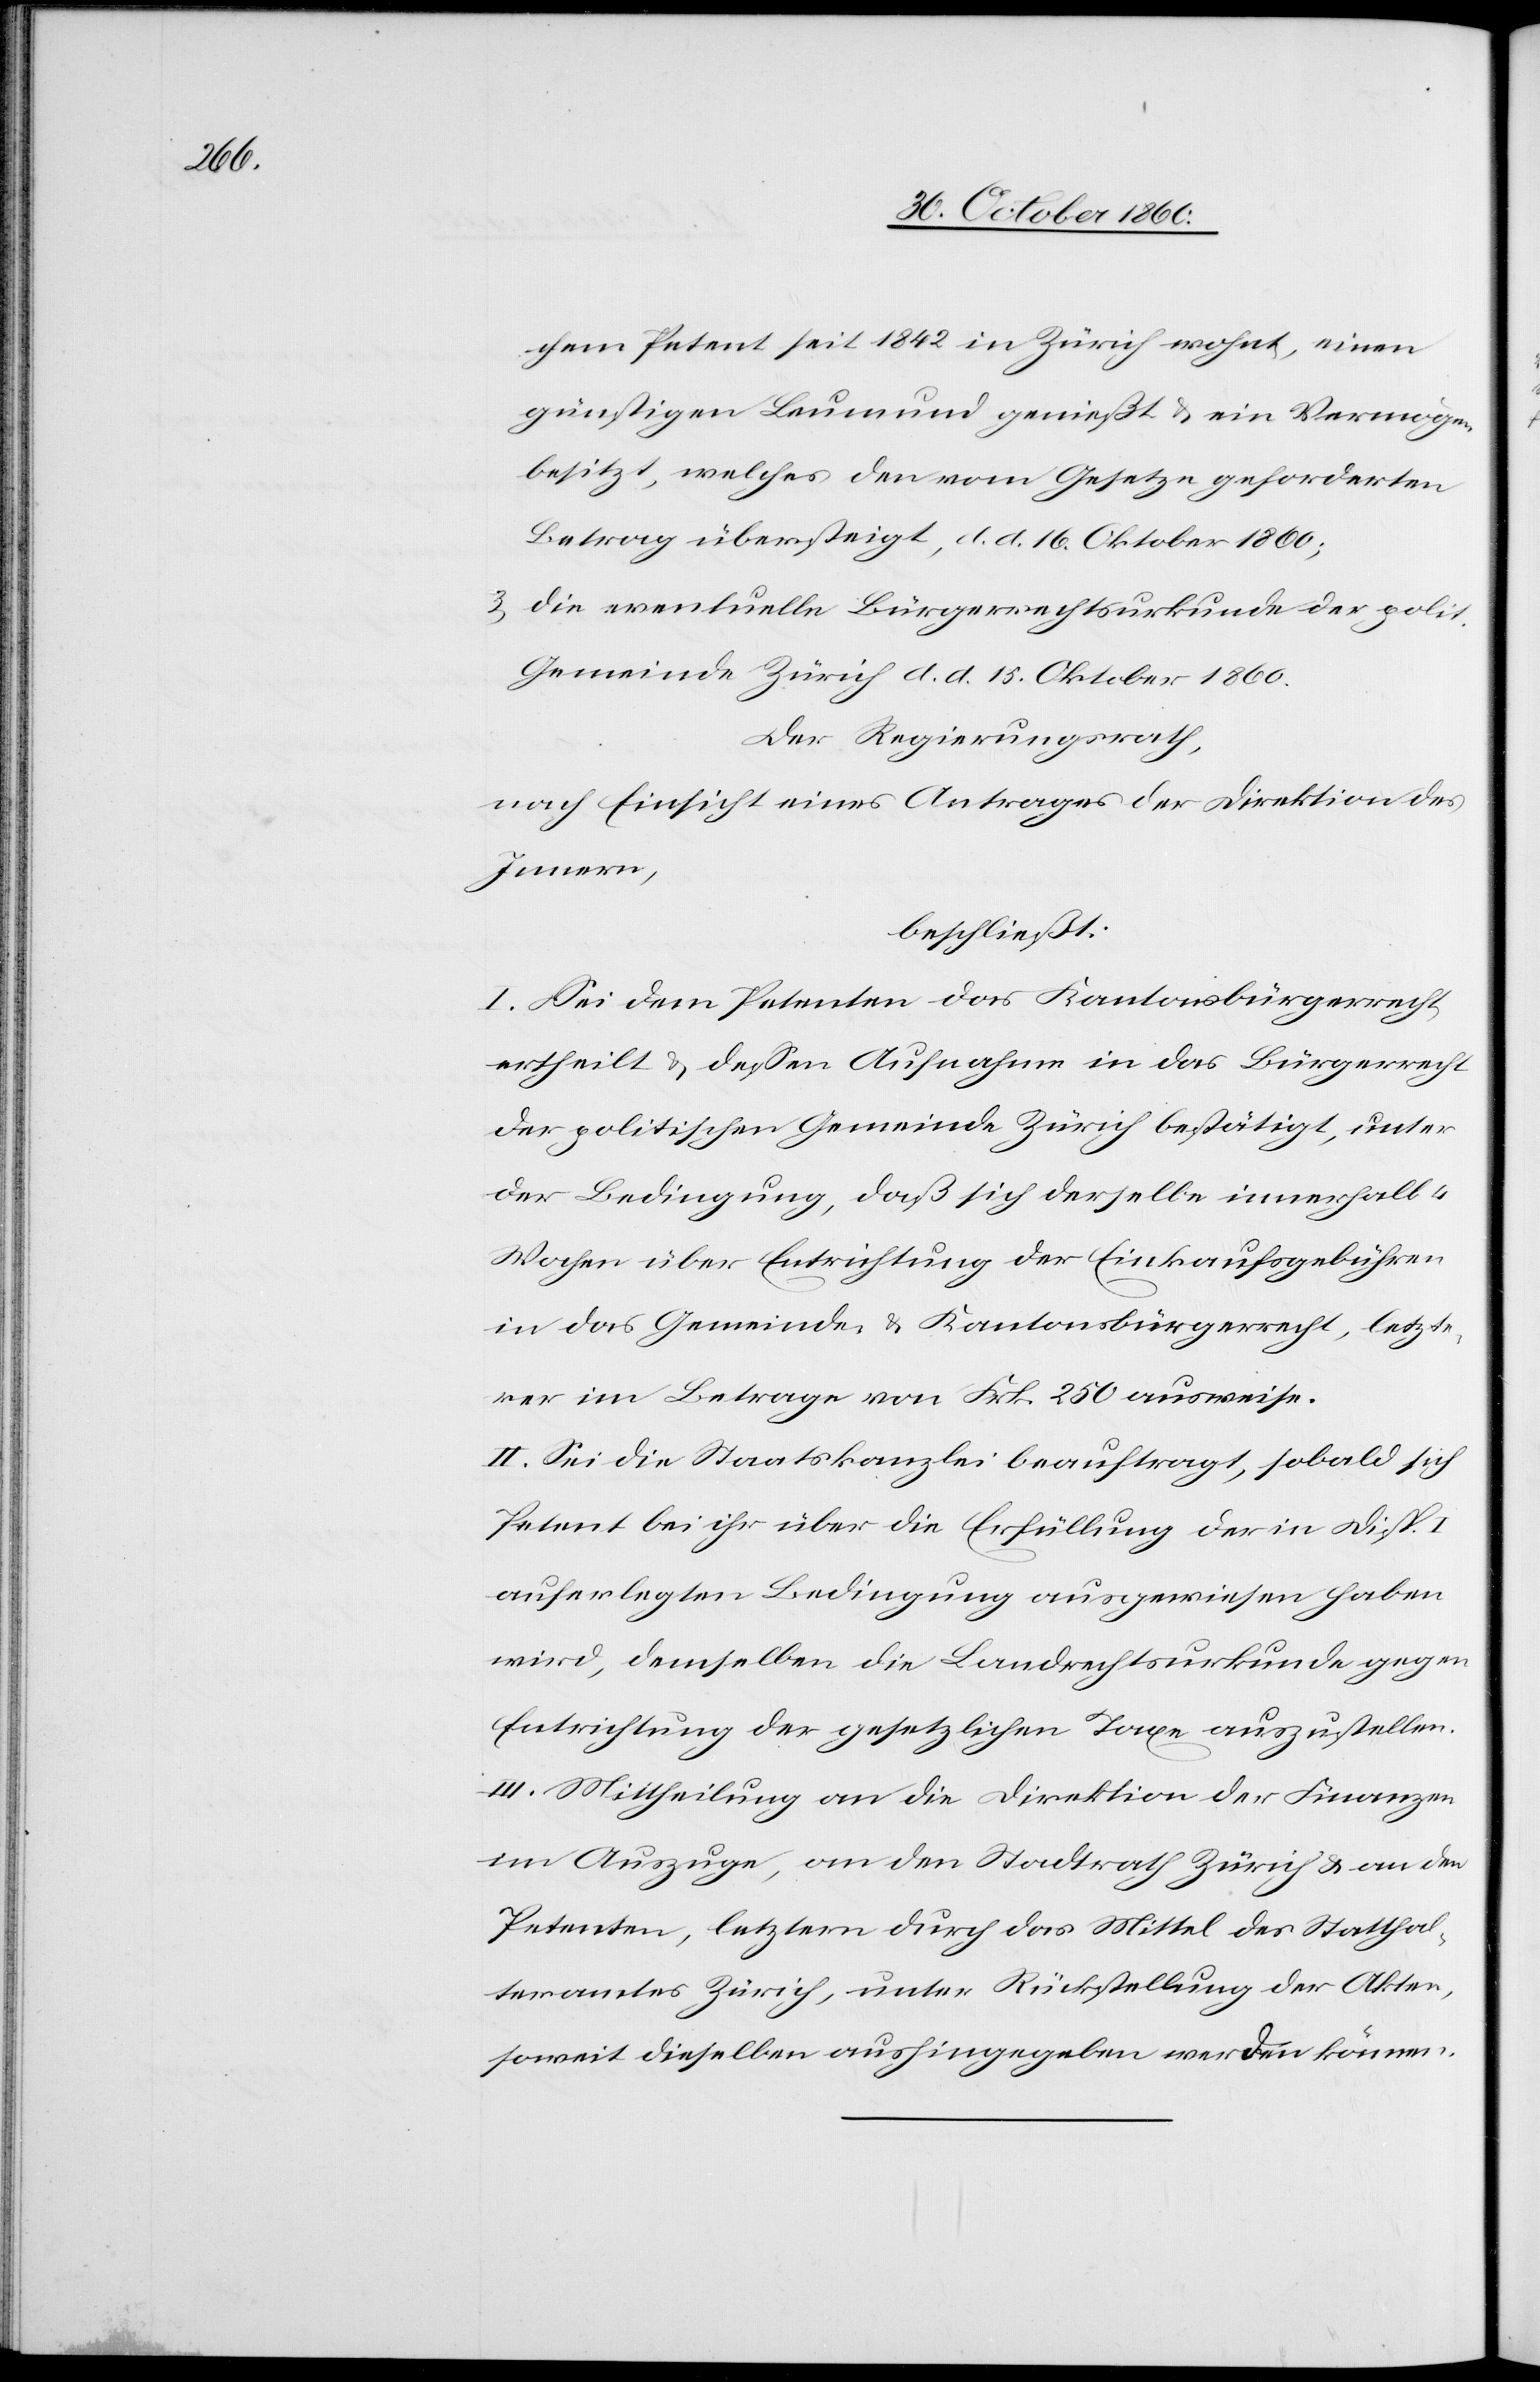
chem Petent seit 1842 in Zürich wohnt, einen
günstigen Leumund genießt u. ein Vermögen
besitzt, welches den vom Gesetze geforderten
Betrag übersteigt, d. d. 16. Oktober 1860;
3. die eventuelle Bürgerrechtsurkunde der polit.
Gemeinde Zürich d. d. 15. Oktober 1860.
Der Regierungsrath,
nach Einsicht eines Antrages der Direktion des
Innern,
beschließt:
I. Sei dem Petenten das Kantonsbürgerrecht
ertheilt u. dessen Aufnahme in das Bürgerrecht
der politischen Gemeinde Zürich bestätigt, unter
der Bedingung, daß sich derselbe innerhalb
Wochen über Entrichtung der Einkaufsgebühren
in das Gemeinde- u. Kantonsbürgerrecht, letzte¬
rer im Betrage von Frk. 250 ausweise.
II. Sei die Staatskanzlei beauftragt, sobald sich
Petent bei ihr über die Erfüllung der in Disp.
auferlegten Bedingung ausgewiesen haben
wird, demselben die Landrechtsurkunde gegen
Entrichtung der gesetzlichen Taxe auszustellen.
III. Mittheilung an die Direktion der Finanzen
im Auszuge, an den Stadtrath Zürich u. an den
Petenten, letztern durch das Mittel des Statthal¬
teramtes Zürich, unter Rückstellung der Akten,
soweit dieselben aushingegeben werden können.